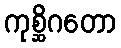
ကုစ္ဆိဂတော